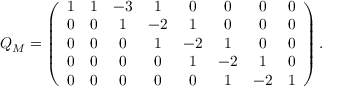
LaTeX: Q _ { \cal M } = \left( \begin{array} { c c c c c c c c c } { { 1 } } & { { 1 } } & { { - 3 } } & { { 1 } } & { { 0 } } & { { 0 } } & { { 0 } } & { { 0 } } \\ { { 0 } } & { { 0 } } & { { 1 } } & { { - 2 } } & { { 1 } } & { { 0 } } & { { 0 } } & { { 0 } } \\ { { 0 } } & { { 0 } } & { { 0 } } & { { 1 } } & { { - 2 } } & { { 1 } } & { { 0 } } & { { 0 } } \\ { { 0 } } & { { 0 } } & { { 0 } } & { { 0 } } & { { 1 } } & { { - 2 } } & { { 1 } } & { { 0 } } \\ { { 0 } } & { { 0 } } & { { 0 } } & { { 0 } } & { { 0 } } & { { 1 } } & { { - 2 } } & { { 1 } } \end{array} \right) .